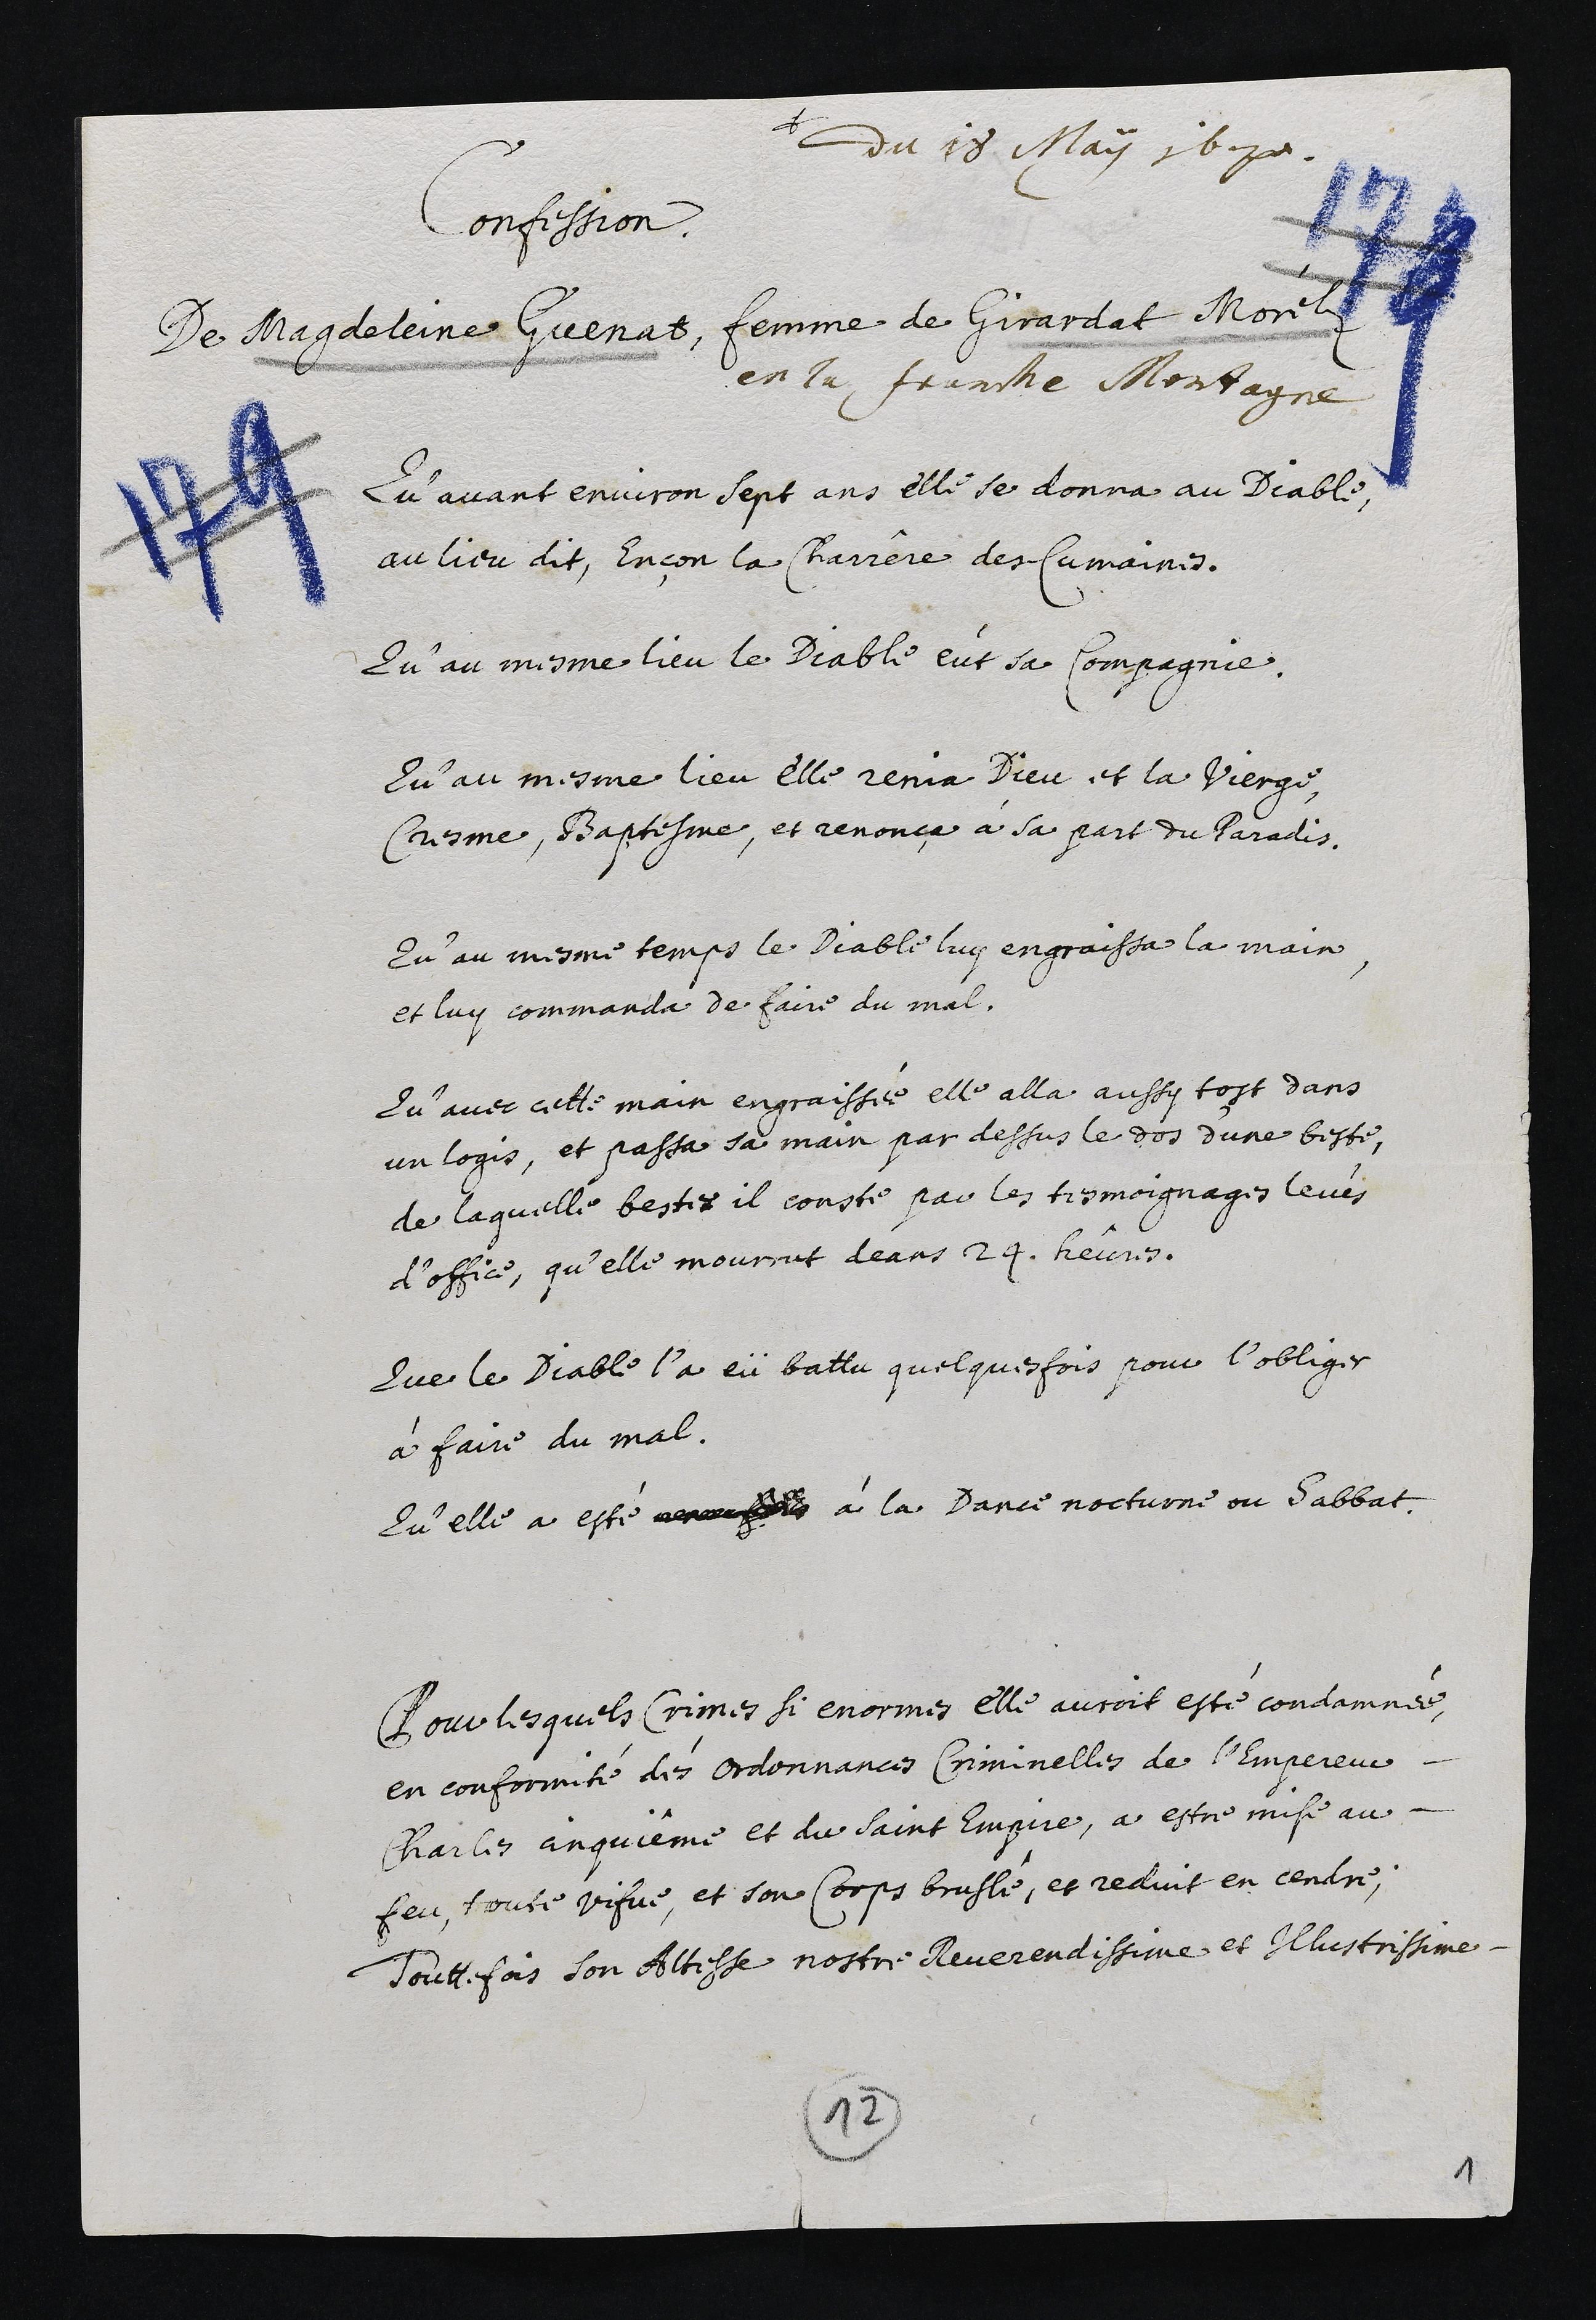
+
du 18. May 1670.
Confession
De Magdeleine Guemat, femme de Girardat Morelz
en la, Jeanthe Montagne
Qu’avant environ sept ans elle se donna au Diable
au lieu dit, Encon la Charrere des Cumaines.
Qu’au mesme lieu le Diable eut sa Compagnie
Qu’au mesme lieu elle renin Dieu, et la Vierge
Cresme, Baptesme, et renonca à sa part du Paradis
Qu’au mesme temps le Diable luy engraissa la main
et luy commanda de faire du mal.
Qu’avec cette main engraissée elle alla aussy tost dans
un logis, et passa sa main par dessus le dos d’une beste,
de laquelle bestes il consté par les tesmoignages levis
d’office, qu’elle mourrut deans 24. heures.
Que le Diable l’a eü battu quelquesfois pour l’obliger
à faire du mal.
Qu’elle a esté venausad à la Dance nocturne ou Sabbat
Pour lesquels Crimes si enormes elle auroit esté condamnée,
en conformité des ordonnances Criminelles de l’empereur
Charles anquieme et du saint empire, a estre mise au-
feu, toute vifve, et son Corps bruslé, et reduit en cendre,
touttefois son Altesse nostre Reverendissime et Illustrissime.